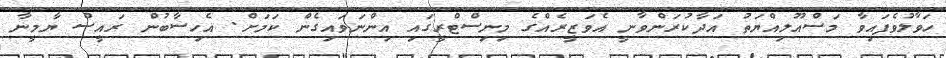
ހަވާލުވެފައިވާ މަސްއޫލިއްޔަތު އަދާކުރަންވާނީ އެވަޒީރެއްގެ މިނިސްޓްރީގައި އިންނަވައިގެން ކަމަށް. އެހިސާބުން ރައީސް ޔާމީނާ